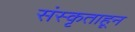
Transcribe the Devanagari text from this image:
संस्कृताहून